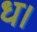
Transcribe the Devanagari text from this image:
ध।